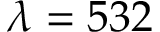
\lambda = 5 3 2